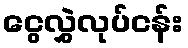
ငွေလွှဲလုပ်ငန်း